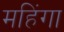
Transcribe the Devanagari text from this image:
महिंगा